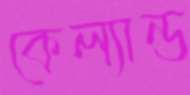
কেল্যান্ড